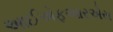
આઈએફઆરએસ